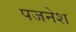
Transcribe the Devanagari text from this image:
पजनेश